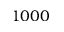
1 0 0 0